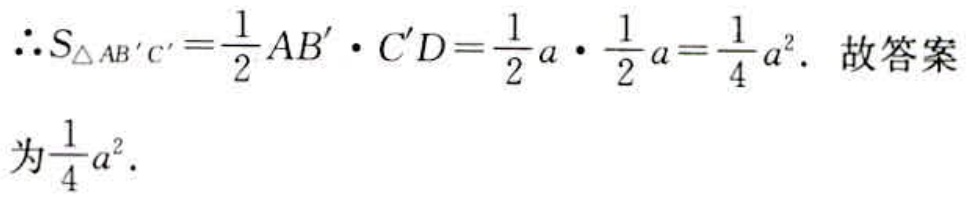
\(\therefore S_{\triangle AB'C'}=\frac{1}{2}AB'\cdot C'D=\frac{1}{2}a\cdot\frac{1}{2}a = \frac{1}{4}a^{2}\). 故答案
为\(\frac{1}{4}a^{2}\).